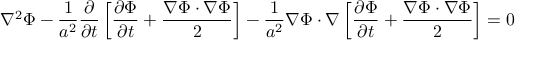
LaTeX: \nabla ^ { 2 } \Phi - { \frac { 1 } { a ^ { 2 } } } { \frac { \partial } { \partial t } } \left[ { \frac { \partial \Phi } { \partial t } } + { \frac { \nabla \Phi \cdot \nabla \Phi } { 2 } } \right] - { \frac { 1 } { a ^ { 2 } } } \nabla \Phi \cdot \nabla \left[ { \frac { \partial \Phi } { \partial t } } + { \frac { \nabla \Phi \cdot \nabla \Phi } { 2 } } \right] = 0